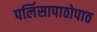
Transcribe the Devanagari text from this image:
पर्लिसापाठोपाठ